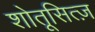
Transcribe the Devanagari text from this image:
शोतूसित्ज़